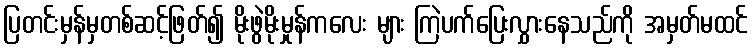
ပြတင်းမှန်မှတစ်ဆင့်ဖြတ်၍ မိုးဖွဲမိုးမှုန်ကလေး များ ကြဲပက်ပြေးလွှားနေသည်ကို အမှတ်မထင်